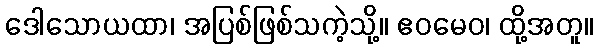
ဒေါသောယထာ၊ အပြစ်ဖြစ်သကဲ့သို့။ ဧဝမေဝ၊ ထို့အတူ။